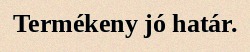
Termékeny jó határ.